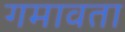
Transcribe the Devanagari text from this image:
गमावता